Vital statistics of India. Vol. VI, European troops 1870-79
Year: 1870
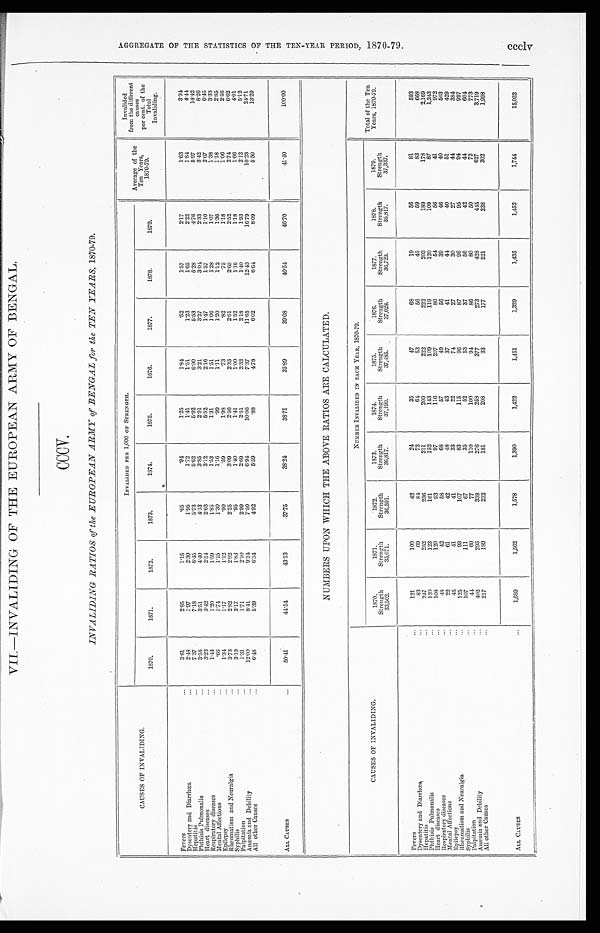
VII.—INVALIDING OF THE EUROPEAN ARMY OF BENGAL.
CCCV.
INVALIDING RATIOS of the EUROPEAN ARMY of BENGAL for the TEN YEARS, 1870-79.
CAUSES OF INVALIDING.
INVALIDED PER 1,000 OF STRENGTH.
Average of the
Ten Years,
1870-79.
Invalided
from the different
causes
per cent. of the
Total
Invaliding.
1870.
1871.
1872.
1873.
1874.
1875.
1876.
1877.
1878.
1879.
Fevers
. . .
3 . 6 1
2.85
1.15
.65
.94
1 . 2 5
1 . 8 4
.52
1 . 5 7
2 . 1 7
1 . 6 3
3 . 9 4
Dysentery and Diarrhœa
...
2 . 4 8
1.97
2 . 3 0
1 . 9 5
1 . 7 2
1 . 4 1
1 . 5 1
1 . 2 3
1 . 6 5
2 . 2 2
1 . 8 4
4 . 4 4
Hepatitis
...
7 . 3 7
7.18
6 . 4 5
5 . 7 3
5 . 6 2
5 . 9 2
6 . 0 0
5 . 5 3
5 . 2 8
4 . 7 6
5 . 9 7
1 4 . 4 2
Phthisis Pulmonalis
...
3 . 5 8
3.51
4 . 4 0
4 . 1 3
3 . 8 5
2 . 9 1
3 . 2 1
3 . 2 7
3 . 0 4
2 . 3 3
3 . 4 2
8 . 2 6
Heart diseases
. . .
3 . 2 3
3.42
2 . 5 4
2 . 6 3
3 . 1 2
5 . 5 2
2 . 1 6
1 . 4 7
1 . 5 7
1 . 1 0
2 . 6 7
6 . 4 5
Respiratory diseases
. . .
1 . 4 3
1.20
1 . 5 9
1 . 8 5
1 . 5 3
1 . 3 1
1 . 5 1
1 . 0 6
1 . 2 8
1 . 0 7
1 . 3 8
3 . 3 3
Mental Affections
. . .
.66
1.74
1 . 1 5
1 . 3 0
1 . 1 6
.99
1 . 1 1
1 . 2 0
1 . 1 2
1 . 3 6
1 . 1 8
2 . 8 5
Epilepsy
...
1 . 3 4
1.17
1 . 1 2
.90
.59
1 . 9 8
.73
.82
.75
1 . 1 8
1 . 0 6
2 . 5 6
Rheumatism and Neuralgia
...
3 . 7 3
2.82
2 . 9 2
2 . 2 5
3 . 0 9
2 . 5 6
2 . 3 5
2 . 6 1
2 . 6 5
2 . 5 2
2 . 7 4
6.62
Syphilis
. . .
3 . 1 9
3.17
1 . 8 3
.95
1 . 4 0
1.41
1 . 0 0
1 . 5 2
1 . 1 6
1 . 1 8
1 . 6 6
4 . 0 1
Palpitation
...
1 . 3 1
1.71
2 . 1 0
2 . 9 9
2 . 6 9
2 . 5 1
2 . 3 2
2 . 1 8
1 . 4 0
1 . 9 3
2 . 1 2
5 . 1 2
Anæmia and Debility
...
1 2 . 0 0
8.41
9 . 2 4
7 . 5 0
6.94
1 0 . 0 6
7 . 3 7
1 1 . 6 5
1 2 . 4 3
1 6 . 7 9
1 0 . 2 3
2 4 . 7 1
All other Causes
...
6 . 4 8
5.39
6 . 3 4
4 . 9 2
5 . 5 9
. 8 8
4 . 7 8
6 . 0 2
6 . 6 4
8 . 0 9
5 . 5 0
1 3 . 2 9
ALL CAUSES
...
5 0 . 4 1
44.54
4 3 . 1 3
3 7 . 7 5
3 8 . 2 4
3 8 . 7 1
3 5 . 8 9
3 9 . 0 8
4 0 . 5 4
4 6 . 7 0
4 1 . 4 0
100.00
NUMBERS UPON WHICH THE ABOVE RATIOS ARE CALCULATED.
CAUSES OF INVALIDING.
NUMBER INVALIDED IN EACH YEAR, 1870-79.
Total of the Ten
Years, 1870-79.
1870.
Strength 33,502.
1871.
Strength
35,071.
1872.
Strength
36,591.
1 8 7 3 .
Strength 36,817.
1 8 7 4 .
Strength 37,190.
1875.
Strength
37, 485.
1876.
Strength
37,028.
1877.
Strength 36,729.
1878.
Strength
35, 817.
1879.
Strength
37,337.
Fevers
. . .
1 2 1
100
42
24
35
47
68
19
56
81
593
Dysentery and Diarrhœa
...
83
69
8 4
72
6 4
53
56
45
59
83
668
Hepatitis
...
2 4 7
252
236
211
209
222
222
203
189
178
2,169
Phthisis Pulmonalis
...
120
123
161
152
143
109
119
120
109
87
1,243
Heart diseases
...
1 0 8
120
93
97
116
207
80
5 4
56
41
972
Respiratory diseases
. . .
48
42
58
68
57
49
56
39
46
40
503
Mental Affections
. . .
22
61
42
48
43
37
41
4 4
40
51
429
Epilepsy
. . .
45
41
41
33
22
74
27
30
27
44
384
Rheumatism and Neuralgia
... 125
99
107
83
115
96
87
96
95
9 4
997
Syphilis
... 107
111
67
35
52
53
37
56
42
4 4
6 0 4
Palpitation
... 44
60
77
110
100
94
86
80
50
72
773
Anæmia and Debility
... 402
295
338
276
258
377
273
428
4 4 5
627
3,719
All other Causes
... 217
189
232
181
208
33
177
221
238
302
1,998
ALL CAUSES
... 1,689
1,562
1,578
1,390
1,422
1, 451
1,329
1,435
1,452
1,744
15,052
A G G R E G A T E O F T H E S T A T I S T I C S O F T H E T E N - Y E A R P E R I O D , 1 8 7 0 - 7 9 . c c c l v